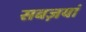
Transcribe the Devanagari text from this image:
सबज़यां